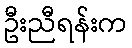
ဦးညီရန်းက